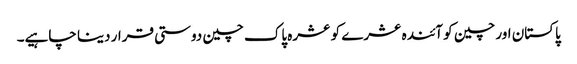
پاکستان اور چین کو آئندہ عشرے کو عشرہ پاک چین دوستی قرار دینا چاہیے۔